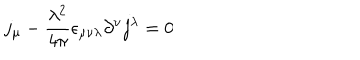
j _ { \mu } - \frac { \lambda ^ { 2 } } { 4 \pi } \epsilon _ { \mu \nu \lambda } \partial ^ { \nu } j ^ { \lambda } = 0